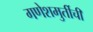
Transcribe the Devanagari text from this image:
गणेशमुर्तीची